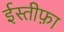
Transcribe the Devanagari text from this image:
ईस्तीफ़ा